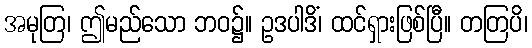
အမုတြ၊ ဤမည်သော ဘဝ၌။ ဥဒပါဒိံ၊ ထင်ရှားဖြစ်ပြီ။ တတြပိ၊